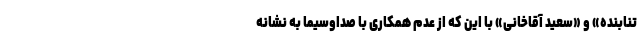
تنابنده» و «سعید آقاخانی» با این که از عدم همکاری با صداوسیما به نشانه